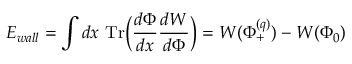
E _ { w a l l } = \int d x ~ \mathrm { T r } \biggl ( { \frac { d \Phi } { d x } } { \frac { d W } { d \Phi } } \biggr ) = W ( \Phi _ { + } ^ { ( q ) } ) - W ( \Phi _ { 0 } )